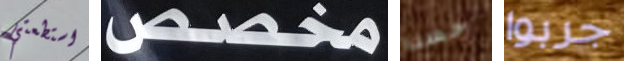
استطعتي مخصص حسنا جربوا